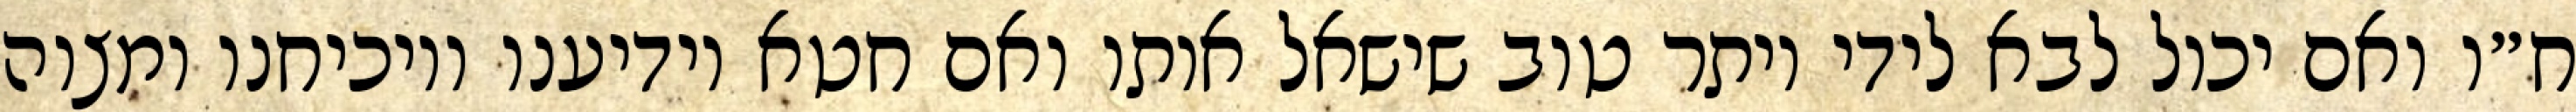
ח״ו ואם יכול לבא לידי יותר טוב שישאל אותו ואם חטא יודיענו ויוכיחנו ומצוה